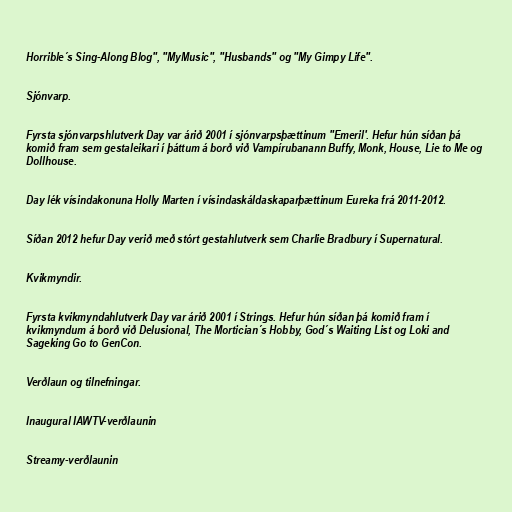
Horrible´s Sing-Along Blog", "MyMusic", "Husbands" og "My Gimpy Life".

Sjónvarp.

Fyrsta sjónvarpshlutverk Day var árið 2001 í sjónvarpsþættinum "Emeril'. Hefur hún síðan þá
komið fram sem gestaleikari í þáttum á borð við Vampírubanann Buffy, Monk, House, Lie to Me og
Dollhouse.

Day lék vísindakonuna Holly Marten í vísindaskáldaskaparþættinum Eureka frá 2011-2012.

Síðan 2012 hefur Day verið með stórt gestahlutverk sem Charlie Bradbury í Supernatural.

Kvikmyndir.

Fyrsta kvikmyndahlutverk Day var árið 2001 í Strings. Hefur hún síðan þá komið fram í
kvikmyndum á borð við Delusional, The Mortician´s Hobby, God´s Waiting List og Loki and
Sageking Go to GenCon.

Verðlaun og tilnefningar.

Inaugural IAWTV-verðlaunin

Streamy-verðlaunin